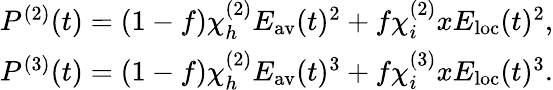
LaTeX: \begin{array}{r}{P^{(2)}(t)=(1-f)\chi_{h}^{(2)}E_{\mathrm{av}}(t)^{2}+f\chi_{i}^{(2)}xE_{\mathrm{loc}}(t)^{2},}\\ {P^{(3)}(t)=(1-f)\chi_{h}^{(2)}E_{\mathrm{av}}(t)^{3}+f\chi_{i}^{(3)}xE_{\mathrm{loc}}(t)^{3}.}\end{array}